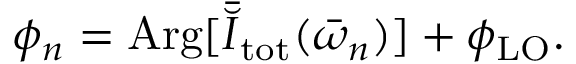
\phi _ { n } = \mathrm { A r g } [ \bar { \breve { I } } _ { \mathrm { t o t } } ( \bar { \omega } _ { n } ) ] + \phi _ { \mathrm { L O } } .